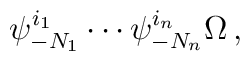
\psi_{-N_1}^{i_1} \cdots \psi_{-N_n}^{i_n} \Omega\,,